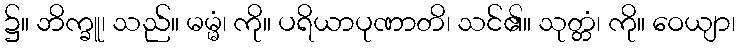
၌။ ဘိက္ခူ၊ သည်။ မမ္မံ၊ ကို။ ပရိယာပုဏာတိ၊ သင်၏။ သုတ္တံ၊ ကို။ ဝေယျာ၊